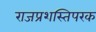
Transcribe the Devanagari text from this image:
राजप्रशस्तिपरक